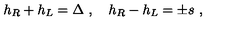
h _ { R } + h _ { L } = \Delta \ , \quad h _ { R } - h _ { L } = \pm s \ ,